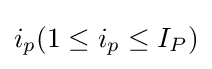
i_{p}(1\leq i_{p}\leq I_{P})